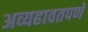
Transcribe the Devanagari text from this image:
अव्यहावतपणे